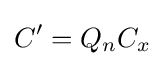
C'=Q_{n}C_{x}